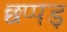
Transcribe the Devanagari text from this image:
छप्पड़